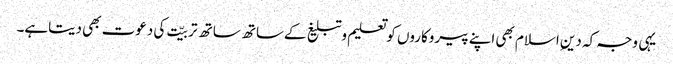
یہی وجہ کہ دینِ اسلام بھی اپنے پیروکاروں کوتعلیم وتبلیغ کےساتھ ساتھ تربیّت کی دعوت بھی دیتاہے۔